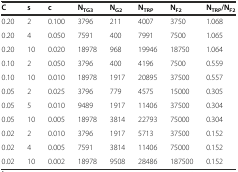
<table><thead><tr><td><b>C</b></td><td><b>s</b></td><td><b>c</b></td><td><b>N<sub>TG3</sub></b></td><td><b>N<sub>G2</sub></b></td><td><b>N<sub>TRP</sub></b></td><td><b>N<sub>F2</sub></b></td><td><b>N<sub>TRP</sub>/N<sub>F2</sub></b></td></tr></thead><tbody><tr><td>0.20</td><td>2</td><td>0.100</td><td>3796</td><td>211</td><td>4007</td><td>3750</td><td>1.068</td></tr><tr><td>0.20</td><td>4</td><td>0.050</td><td>7591</td><td>400</td><td>7991</td><td>7500</td><td>1.065</td></tr><tr><td>0.20</td><td>10</td><td>0.020</td><td>18978</td><td>968</td><td>19946</td><td>18750</td><td>1.064</td></tr><tr><td>0.10</td><td>2</td><td>0.050</td><td>3796</td><td>400</td><td>4196</td><td>7500</td><td>0.559</td></tr><tr><td>0.10</td><td>10</td><td>0.010</td><td>18978</td><td>1917</td><td>20895</td><td>37500</td><td>0.557</td></tr><tr><td>0.05</td><td>2</td><td>0.025</td><td>3796</td><td>779</td><td>4575</td><td>15000</td><td>0.305</td></tr><tr><td>0.05</td><td>5</td><td>0.010</td><td>9489</td><td>1917</td><td>11406</td><td>37500</td><td>0.304</td></tr><tr><td>0.05</td><td>10</td><td>0.005</td><td>18978</td><td>3814</td><td>22793</td><td>75000</td><td>0.304</td></tr><tr><td>0.02</td><td>2</td><td>0.010</td><td>3796</td><td>1917</td><td>5713</td><td>37500</td><td>0.152</td></tr><tr><td>0.02</td><td>4</td><td>0.005</td><td>7591</td><td>3814</td><td>11406</td><td>75000</td><td>0.152</td></tr><tr><td>0.02</td><td>10</td><td>0.002</td><td>18978</td><td>9508</td><td>28486</td><td>187500</td><td>0.152</td></tr></tbody></table>